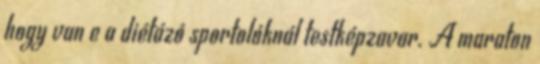
hogy van e a diétázó sportolóknál testképzavar. A maraton